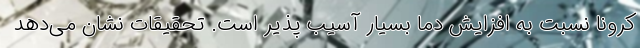
کرونا نسبت به افزایش دما بسیار آسیب پذیر است. تحقیقات نشان می‌دهد